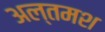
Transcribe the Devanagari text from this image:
अल्‍तमश